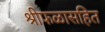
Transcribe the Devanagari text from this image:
श्रीफळासहित